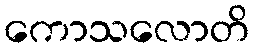
ကောသလောတိ